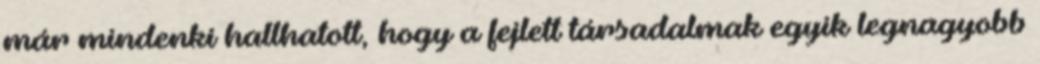
már mindenki hallhatott, hogy a fejlett társadalmak egyik legnagyobb